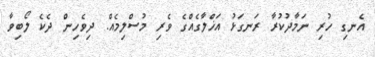
އެނގި ހުރި ނަމާދުކުރާ ރަނގަޅު އަޚްލާގެއްގެ ވެރި މުސްލިމެއް. ދިވެހިން ދެކެ ލޯބިވާ